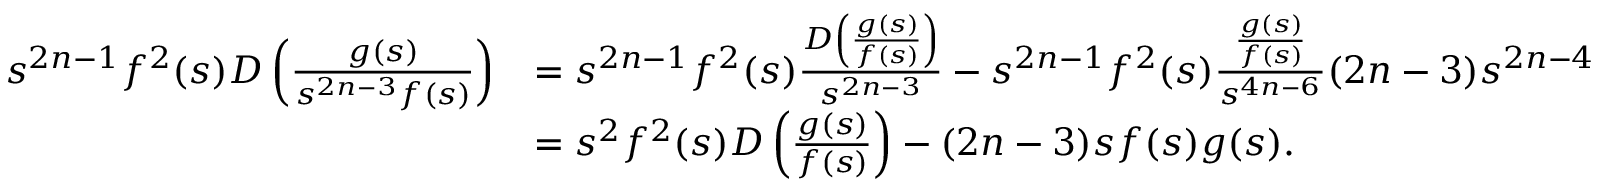
\begin{array} { r l } { s ^ { 2 n - 1 } f ^ { 2 } ( s ) D \left( \frac { g ( s ) } { s ^ { 2 n - 3 } f ( s ) } \right) } & { = s ^ { 2 n - 1 } f ^ { 2 } ( s ) \frac { D \left( \frac { g ( s ) } { f ( s ) } \right) } { s ^ { 2 n - 3 } } - s ^ { 2 n - 1 } f ^ { 2 } ( s ) \frac { \frac { g ( s ) } { f ( s ) } } { s ^ { 4 n - 6 } } ( 2 n - 3 ) s ^ { 2 n - 4 } } \\ & { = s ^ { 2 } f ^ { 2 } ( s ) D \left( \frac { g ( s ) } { f ( s ) } \right) - ( 2 n - 3 ) s f ( s ) g ( s ) . } \end{array}